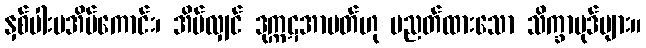
နှစ်ပါးမအိပ်ကောင်း၊ အိပ်လျှင် ဒုက္ကဋအာပတ်ဟု ပညတ်ထားသော သိက္ခာပုဒ်များ။